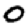
Digit: 0